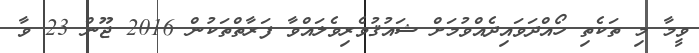
ވީމާ މި ތަކެތި ހޯއްދަވައިދެއްވުމަށް ޝައުޤުވެރިވެލައްވާ ފަރާތްތަކުން 2016 ޖޫން 23 ވާ